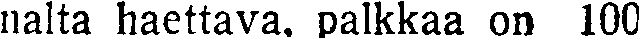
nalta haettava. palkkaa on 100